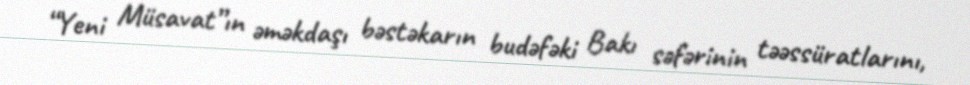
“Yeni Müsavat”ın əməkdaşı bəstəkarın budəfəki Bakı səfərinin təəssüratlarını,